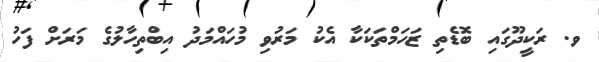
ވ. ރަކީދޫގައި ބޮޑެތި ޒަހަމްތަކަކާ އެކު މަރުވި މުހައްމަދު އިބްތިހާލުގެ މަރަށް ފަހު